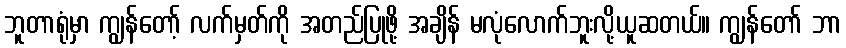
ဘူတာရုံမှာ ကျွန်တော့် လက်မှတ်ကို အတည်ပြုဖို့ အချိန် မလုံလောက်ဘူးလို့ယူဆတယ်။ ကျွန်တော် ဘာ